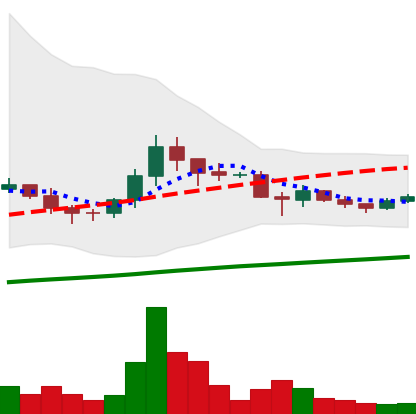
Ticker: DOGE-USD
Chart end date: 2021-06-14
Forward return: -13.469%
Label: down_7plus